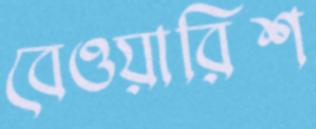
বেওয়ারিশ